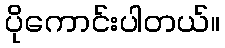
ပိုကောင်းပါတယ်။